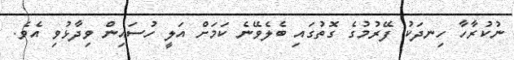
ނުކުރާހާ ހިނދަކު ފޭރުމުގެ ގޮތުގައި ބެލެވޭނެ ކަމަށް އަލީ ހުސައިން ވިދާޅުވި އެވެ.